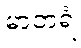
မာတရံ